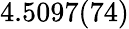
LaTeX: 4.5097(74)